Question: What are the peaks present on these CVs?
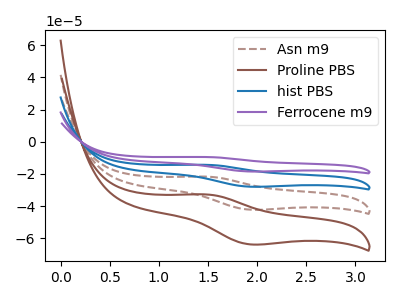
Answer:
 <answer>The brown dashed curve "Asn m9" has an anodic peak at (1.50V, -21.65uA) and a cathodic peak at (1.95V, -42.20uA). The brown curve "Proline PBS" has an anodic peak at (1.50V, -32.70uA) and a cathodic peak at (1.95V, -63.75uA). The blue curve "hist PBS" has an anodic peak at (1.50V, -43.30uA) and a cathodic peak at (1.95V, -84.35uA). The purple curve "Ferrocene m9" has an anodic peak at (1.50V, -64.95uA) and a cathodic peak at (1.95V, -126.55uA).</answer>
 <eval></eval>